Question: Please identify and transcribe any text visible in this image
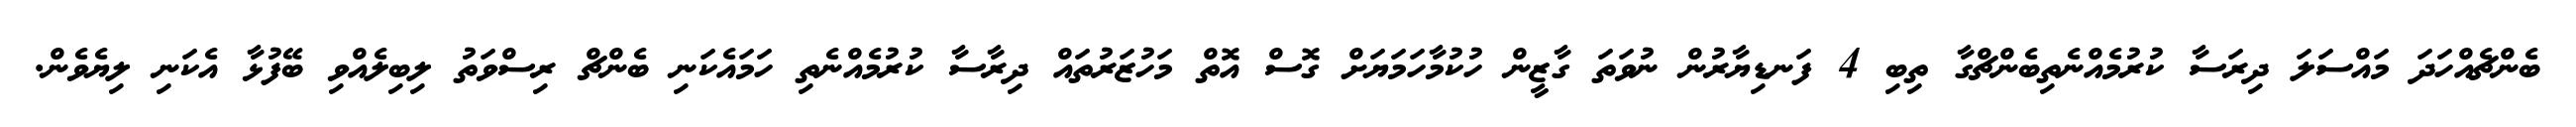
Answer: ބެންޗެއްހަދަ މައްސަލަ ދިރަސާ ކުރުމެއްނެތިބެންޗްގާ ތިބި 4 ފަނޑިޔާރުން ނުވަތަ ގާޒީން ހުކުމާހަމަޔަށް ގޮސް އޮތް މަހުޒަރުތައް ދިރާސާ ކުރުމެއްނެތި ހަމައެކަނި ބެންޗް ރިސްވަތު ލިބިލެއްވި ބޭފުޅާ އެކަނި ލިޔެވެން.